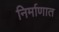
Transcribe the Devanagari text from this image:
निर्माणात